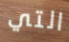
التي